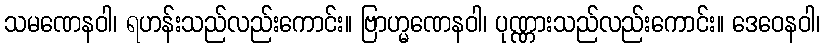
သမဏေနဝါ၊ ရဟန်းသည်လည်းကောင်း။ ဗြာဟ္မဏေနဝါ၊ ပုဏ္ဏားသည်လည်းကောင်း။ ဒေဝေနဝါ၊